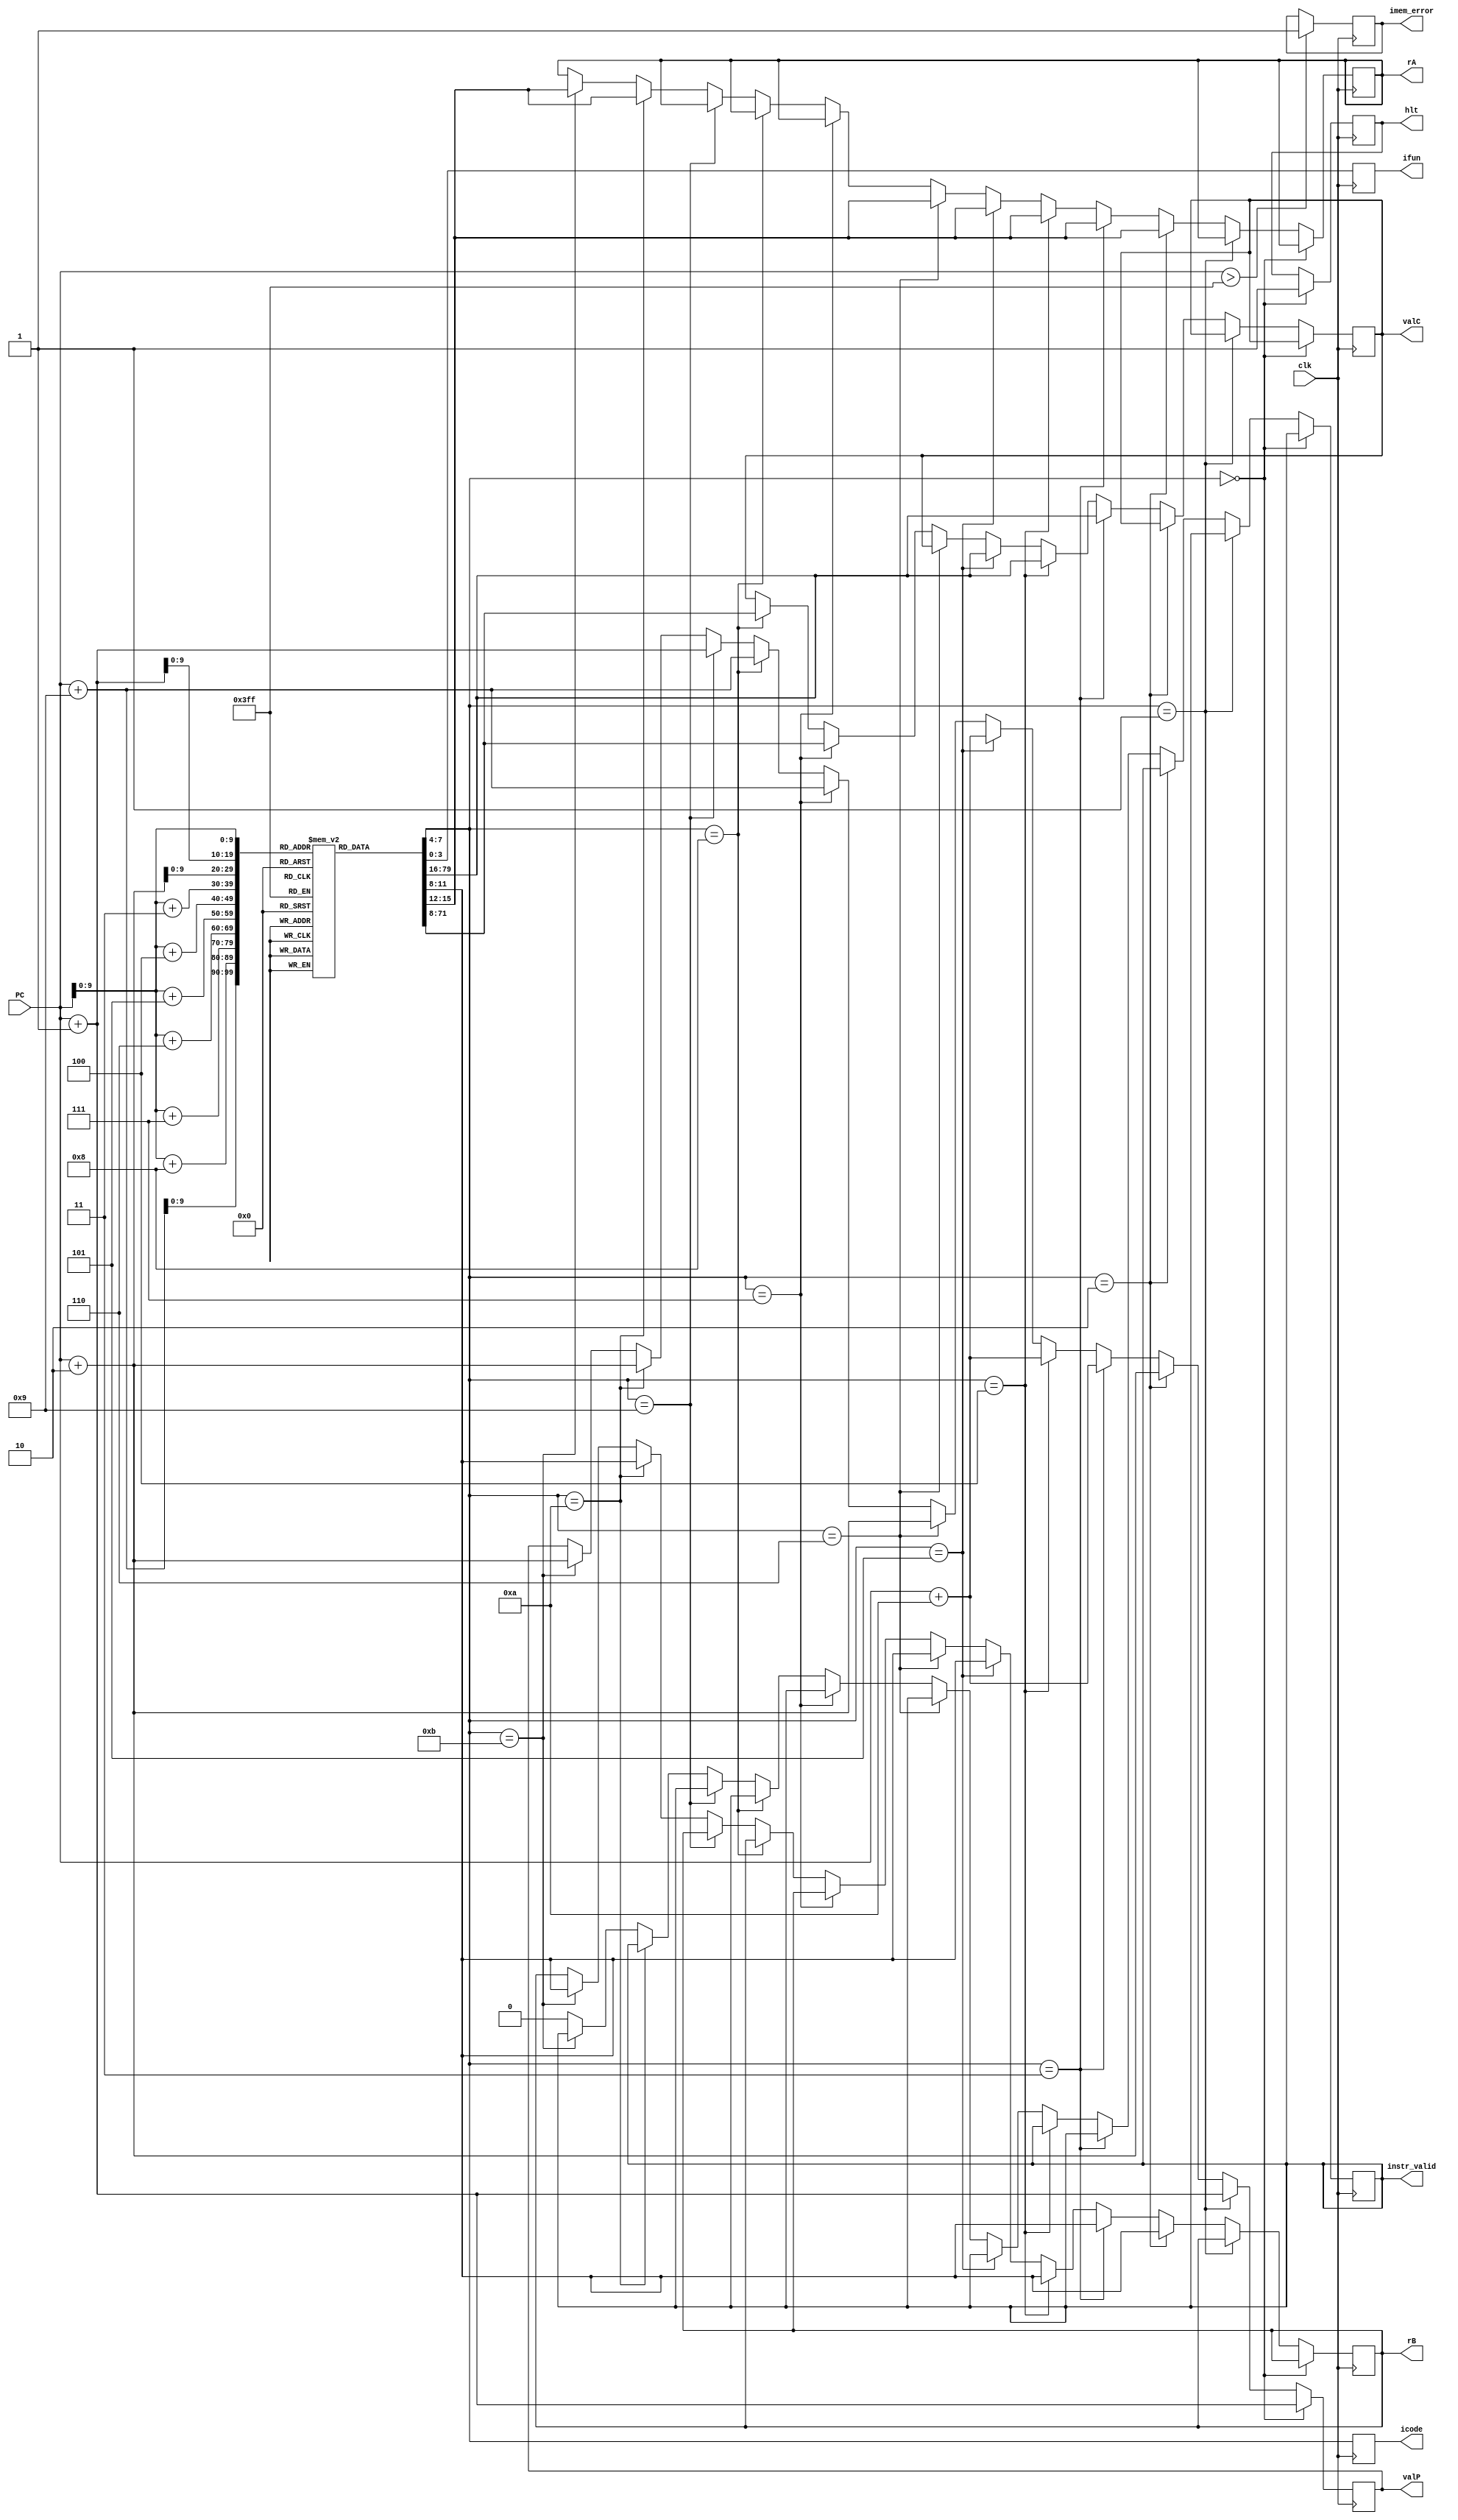
module fetch (clk, PC, icode, ifun, rA, rB, valC, valP, hlt, imem_error, instr_valid);

	input clk;
	input [63:0] PC;
	output reg [ 3:0] icode;
	output reg [ 3:0] ifun;
	output reg [ 3:0] rA;
	output reg [ 3:0] rB;
	output reg [63:0] valC;
	output reg [63:0] valP;
	output reg hlt;
	output reg imem_error;
	output reg instr_valid;

	initial begin
	rA = 4'b1111;
	rB = 4'b1111;
	valC = 64'd0;
	valP = 64'd0;
	hlt = 0;
	imem_error = 0;
	instr_valid = 1;
	end

	reg [7:0] instruction_memory [1023:0];
	initial begin
		// 30 f0 00 00 00 00 00 00 00 00 | irmovq $12, %rax
		instruction_memory[0] = 8'h30;
		instruction_memory[1] = 8'hf0;
		instruction_memory[2] = 8'h0c;
		instruction_memory[3] = 8'h00;
		instruction_memory[4] = 8'h00;
		instruction_memory[5] = 8'h00;
		instruction_memory[6] = 8'h00;
		instruction_memory[7] = 8'h00;
		instruction_memory[8] = 8'h00;
		instruction_memory[9] = 8'h00;

		// // 00 | halt
		// instruction_memory[0] = 8'h00;

		// // ff | INVALID
		// instruction_memory[0] = 8'hff;
	end

	reg [7:0] opcode;
	reg [7:0] regids;

	always @(posedge clk) begin
		if (PC > 1023) begin
			imem_error = 1;
		end

		opcode = instruction_memory[PC];
		icode = opcode[7:4];
		ifun = opcode[3:0];

		// halt
		if (icode == 4'b0000) begin
			hlt = 1;
			valP = PC + 1;
		end

		// nop
		else if (icode == 4'b0001) begin
			valP = PC + 1;
		end

		// cmovxx rA, rB
		else if (icode == 4'b0010) begin
			regids = instruction_memory[PC + 1];
			rA = regids[7:4];
			rB = regids[3:0];
			valP = PC + 2;
		end

		// irmovq V, rB
		else if (icode == 4'b0011) begin
			regids = instruction_memory[PC + 1];
			rA = regids[7:4];
			rB = regids[3:0];
			valC = {
			    instruction_memory[PC + 9],
			    instruction_memory[PC + 8],
			    instruction_memory[PC + 7],
			    instruction_memory[PC + 6],
			    instruction_memory[PC + 5],
			    instruction_memory[PC + 4],
			    instruction_memory[PC + 3],
			    instruction_memory[PC + 2]
			};
			valP = PC + 10;
		end

		// rmmovq rA, D(rB)
		else if (icode == 4'b0100) begin
			regids = instruction_memory[PC + 1];
			rA = regids[7:4];
			rB = regids[3:0];
			valC = {
			    instruction_memory[PC + 9],
			    instruction_memory[PC + 8],
			    instruction_memory[PC + 7],
			    instruction_memory[PC + 6],
			    instruction_memory[PC + 5],
			    instruction_memory[PC + 4],
			    instruction_memory[PC + 3],
			    instruction_memory[PC + 2]
			};
			valP = PC + 10;
		end

		// mrmovq D(rB), rA
		else if (icode == 4'b0101) begin
			regids = instruction_memory[PC + 1];
			rA = regids[7:4];
			rB = regids[3:0];
			valC = {
			    instruction_memory[PC + 9],
			    instruction_memory[PC + 8],
			    instruction_memory[PC + 7],
			    instruction_memory[PC + 6],
			    instruction_memory[PC + 5],
			    instruction_memory[PC + 4],
			    instruction_memory[PC + 3],
			    instruction_memory[PC + 2]
			};
			valP = PC + 10;
		end

		// OPq rA, rB
		else if (icode == 4'b0110) begin
			regids = instruction_memory[PC + 1];
			rA = regids[7:4];
			rB = regids[3:0];
			valP = PC + 2;
		end

		// jXX Dest
		else if (icode == 4'b0111) begin
			valC = {
			    instruction_memory[PC + 8],
			    instruction_memory[PC + 7],
			    instruction_memory[PC + 6],
			    instruction_memory[PC + 5],
			    instruction_memory[PC + 4],
			    instruction_memory[PC + 3],
			    instruction_memory[PC + 2],
			    instruction_memory[PC + 1]
			};
			valP = PC + 9;
		end

		// call Dest
		else if (icode == 4'b1000) begin
			valC = {
			    instruction_memory[PC + 8],
			    instruction_memory[PC + 7],
			    instruction_memory[PC + 6],
			    instruction_memory[PC + 5],
			    instruction_memory[PC + 4],
			    instruction_memory[PC + 3],
			    instruction_memory[PC + 2],
			    instruction_memory[PC + 1]
			};
			valP = PC + 9;		
		end

		// ret
		else if (icode == 4'b1001) begin
			valP = PC + 1;
		end

		// pushq rA
		else if (icode == 4'b1010) begin
			regids = instruction_memory[PC + 1];
			rA = regids[7:4];
			rB = regids[3:0];
			valP = PC + 2;
		end

		// popq rA
		else if (icode == 4'b1011) begin
			regids = instruction_memory[PC + 1];
			rA = regids[7:4];
			rB = regids[3:0];
			valP = PC + 2;
		end

		// Invalid instruction encountered
		else begin
			instr_valid = 0;
		end
	end

endmodule